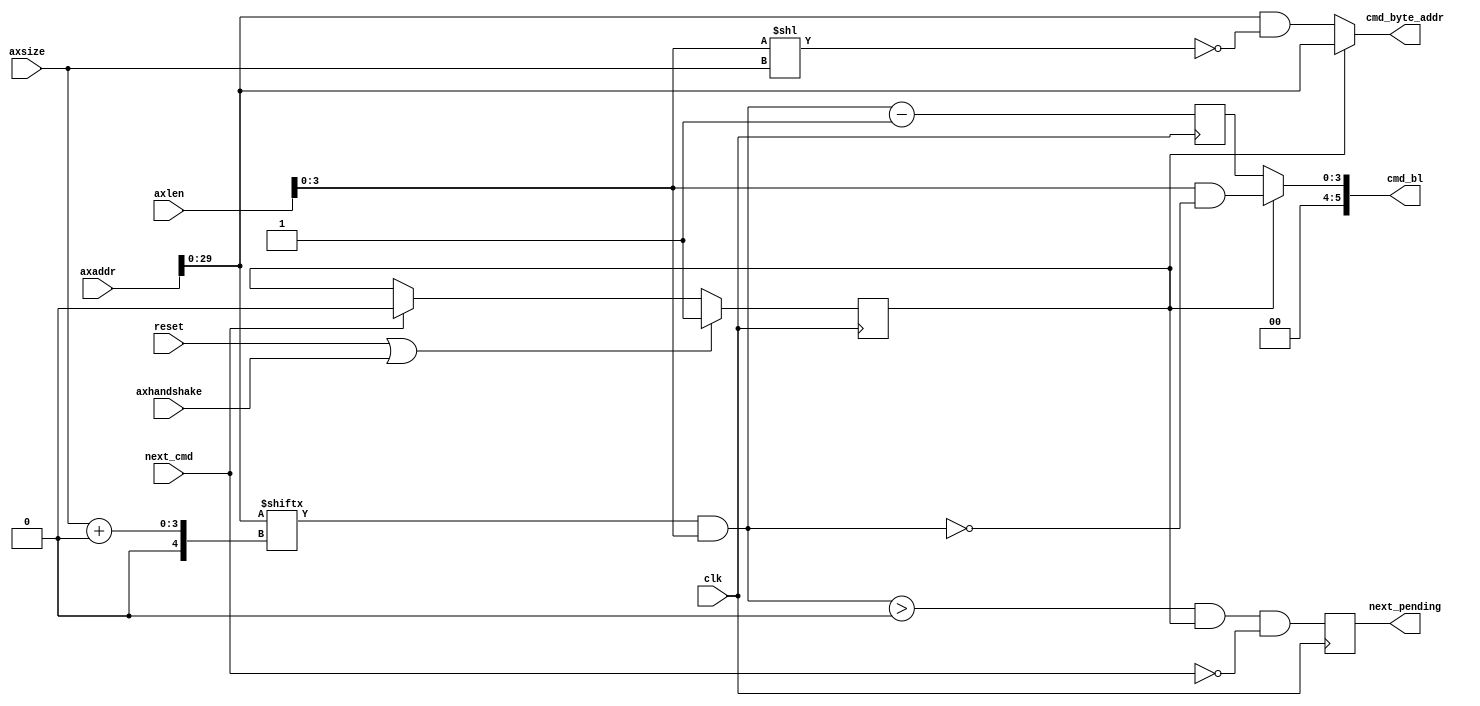
// -- (c) Copyright 2010 Xilinx, Inc. All rights reserved. 
// --                                                             
// -- This file contains confidential and proprietary information 
// -- of Xilinx, Inc. and is protected under U.S. and             
// -- international copyright and other intellectual property     
// -- laws.                                                       
// --                                                             
// -- DISCLAIMER                                                  
// -- This disclaimer is not a license and does not grant any     
// -- rights to the materials distributed herewith. Except as     
// -- otherwise provided in a valid license issued to you by      
// -- Xilinx, and to the maximum extent permitted by applicable   
// -- law: (1) THESE MATERIALS ARE MADE AVAILABLE "AS IS" AND     
// -- WITH ALL FAULTS, AND XILINX HEREBY DISCLAIMS ALL WARRANTIES 
// -- AND CONDITIONS, EXPRESS, IMPLIED, OR STATUTORY, INCLUDING   
// -- BUT NOT LIMITED TO WARRANTIES OF MERCHANTABILITY, NON-      
// -- INFRINGEMENT, OR FITNESS FOR ANY PARTICULAR PURPOSE; and    
// -- (2) Xilinx shall not be liable (whether in contract or tort,
// -- including negligence, or under any other theory of          
// -- liability) for any loss or damage of any kind or nature     
// -- related to, arising under or in connection with these       
// -- materials, including for any direct, or any indirect,       
// -- special, incidental, or consequential loss or damage        
// -- (including loss of data, profits, goodwill, or any type of  
// -- loss or damage suffered as a result of any action brought   
// -- by a third party) even if such damage or loss was           
// -- reasonably foreseeable or Xilinx had been advised of the    
// -- possibility of the same.                                    
// --                                                             
// -- CRITICAL APPLICATIONS                                       
// -- Xilinx products are not designed or intended to be fail-    
// -- safe, or for use in any application requiring fail-safe     
// -- performance, such as life-support or safety devices or      
// -- systems, Class III medical devices, nuclear facilities,     
// -- applications related to the deployment of airbags, or any   
// -- other applications that could lead to death, personal       
// -- injury, or severe property or environmental damage          
// -- (individually and collectively, "Critical                   
// -- Applications"). Customer assumes the sole risk and          
// -- liability of any use of Xilinx products in Critical         
// -- Applications, subject only to applicable laws and           
// -- regulations governing limitations on product liability.     
// --                                                             
// -- THIS COPYRIGHT NOTICE AND DISCLAIMER MUST BE RETAINED AS    
// -- PART OF THIS FILE AT ALL TIMES.                             
// --  
///////////////////////////////////////////////////////////////////////////////
//
//
// Description: 
// MCB does not support an AXI WRAP command directly.  
// To complete an AXI WRAP transaction we will issue one transaction if the
// address is wrap boundary aligned, otherwise two transactions are issued.
// The first transaction is from the starting offset to the wrap address upper
// boundary.  The second transaction is from the wrap boundary lowest address
// to the address offset.  WRAP burst types will never exceed 16 beats.
//
// Calculates the number of MCB beats for each axi transaction for WRAP
// burst type ( for all axsize values = C_DATA_WIDTH ):
// AR_SIZE   | AR_LEN     | OFFSET | NUM_BEATS 1 | NUM_BEATS 2
// b010(  4) | b0001(  2) |  b0000 |   2         |   0 
// b010(  4) | b0001(  2) |  b0001 |   1         |   1 
// b010(  4) | b0011(  4) |  b0000 |   4         |   0 
// b010(  4) | b0011(  4) |  b0001 |   3         |   1 
// b010(  4) | b0011(  4) |  b0010 |   2         |   2 
// b010(  4) | b0011(  4) |  b0011 |   1         |   3 
// b010(  4) | b0111(  8) |  b0000 |   8         |   0 
// b010(  4) | b0111(  8) |  b0001 |   7         |   1 
// b010(  4) | b0111(  8) |  b0010 |   6         |   2 
// b010(  4) | b0111(  8) |  b0011 |   5         |   3 
// b010(  4) | b0111(  8) |  b0100 |   4         |   4 
// b010(  4) | b0111(  8) |  b0101 |   3         |   5 
// b010(  4) | b0111(  8) |  b0110 |   2         |   6 
// b010(  4) | b0111(  8) |  b0111 |   1         |   7 
// b010(  4) | b1111( 16) |  b0000 |  16         |   0 
// b010(  4) | b1111( 16) |  b0001 |  15         |   1 
// b010(  4) | b1111( 16) |  b0010 |  14         |   2 
// b010(  4) | b1111( 16) |  b0011 |  13         |   3 
// b010(  4) | b1111( 16) |  b0100 |  12         |   4 
// b010(  4) | b1111( 16) |  b0101 |  11         |   5 
// b010(  4) | b1111( 16) |  b0110 |  10         |   6 
// b010(  4) | b1111( 16) |  b0111 |   9         |   7 
// b010(  4) | b1111( 16) |  b1000 |   8         |   8 
// b010(  4) | b1111( 16) |  b1001 |   7         |   9 
// b010(  4) | b1111( 16) |  b1010 |   6         |  10 
// b010(  4) | b1111( 16) |  b1011 |   5         |  11 
// b010(  4) | b1111( 16) |  b1100 |   4         |  12 
// b010(  4) | b1111( 16) |  b1101 |   3         |  13 
// b010(  4) | b1111( 16) |  b1110 |   2         |  14 
// b010(  4) | b1111( 16) |  b1111 |   1         |  15 
///////////////////////////////////////////////////////////////////////////////

`timescale 1ps/1ps
`default_nettype none

module axi_mcb_wrap_cmd #
(
///////////////////////////////////////////////////////////////////////////////
// Parameter Definitions
///////////////////////////////////////////////////////////////////////////////
                    // Width of AxADDR
                    // Range: 32.
  parameter integer C_AXI_ADDR_WIDTH            = 32, 
                    // Width of cmd_byte_addr
                    // Range: 30
  parameter integer C_MCB_ADDR_WIDTH            = 30,
                    // Width of AXI xDATA and MCB xx_data
                    // Range: 32, 64, 128.
  parameter integer C_DATA_WIDTH                = 32,
                    // Register CMD_BL_SECOND for better timing.  Does not add
                    // any latency.
  parameter integer C_PL_CMD_BL_SECOND        = 1
)
(
///////////////////////////////////////////////////////////////////////////////
// Port Declarations     
///////////////////////////////////////////////////////////////////////////////
  input  wire                                 clk           , 
  input  wire                                 reset         , 
  input  wire [C_AXI_ADDR_WIDTH-1:0]          axaddr        , 
  input  wire [7:0]                           axlen         , 
  input  wire [2:0]                           axsize        , 
  // axhandshake = axvalid & axready
  input  wire                                 axhandshake   , 
  output wire [5:0]                           cmd_bl        , 
  output wire [C_MCB_ADDR_WIDTH-1:0]          cmd_byte_addr , 

  // Connections to/from fsm module
  // signal to increment to the next mcb transaction 
  input  wire                                 next_cmd      , 
  // signal to the fsm there is another transaction required
  output wire                                 next_pending 

);
////////////////////////////////////////////////////////////////////////////////
// Wire and register declarations
////////////////////////////////////////////////////////////////////////////////
reg                         sel_first;
wire [C_MCB_ADDR_WIDTH-1:0] axaddr_i;
wire [3:0]                  axlen_i;
wire [C_MCB_ADDR_WIDTH-1:0] wrap_boundary_axaddr;
wire [3:0]                  axaddr_offset;
wire [3:0]                  cmd_bl_i;
wire [3:0]                  cmd_bl_first;
wire [3:0]                  cmd_bl_second;
wire [3:0]                  cmd_bl_second_i;
wire [3:0]                  cmd_bl_second_ns;
wire                        next_pending_ns;
reg                         next_pending_r;

////////////////////////////////////////////////////////////////////////////////
// BEGIN RTL
////////////////////////////////////////////////////////////////////////////////
assign cmd_byte_addr = (sel_first) ? axaddr_i : wrap_boundary_axaddr;
assign axaddr_i = axaddr[0 +: C_MCB_ADDR_WIDTH];
assign axlen_i = axlen[3:0];
// Mask bits based on transaction length to get wrap boundary low address
assign wrap_boundary_axaddr = axaddr_i & ~(axlen_i << axsize);

// Offset used to calculate the length of each transaction
assign axaddr_offset = axaddr_i[axsize +: 4] & axlen_i;
// burst length will never exceed 16 beats, add zeros to msb
assign cmd_bl = {2'b0, cmd_bl_i};
assign cmd_bl_i = (sel_first) ? cmd_bl_first : cmd_bl_second;
// Equations for calculating the number of beats.
assign cmd_bl_first = axlen_i & ~axaddr_offset;
assign cmd_bl_second    = cmd_bl_second_i;
assign cmd_bl_second_ns = axaddr_offset - 1'b1;

generate
if (C_PL_CMD_BL_SECOND) begin : PL_CMD_BL_SECOND
  reg  [3:0]                  cmd_bl_second_r;

  always @(posedge clk) begin
    cmd_bl_second_r <= cmd_bl_second_ns;
  end

  assign cmd_bl_second_i = cmd_bl_second_r;
end else begin : NO_PL_CMD_BL_SECOND
  assign cmd_bl_second_i = cmd_bl_second_ns;
end
endgenerate

assign next_pending_ns = ((axaddr_offset > 4'b0000) & sel_first) & ~next_cmd;

always @(posedge clk) begin
  next_pending_r <= next_pending_ns;
end
// Assign output
assign next_pending = next_pending_r;

// Indicates if we are on the first transaction of a mcb translation with more
// than 1 transaction.
always @(posedge clk) begin
  if (reset | axhandshake) begin
    sel_first <= 1'b1;
  end else if (next_cmd) begin
    sel_first <= 1'b0;
  end
end

endmodule
`default_nettype wire